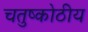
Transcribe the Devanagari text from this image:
चतुष्कोठीय